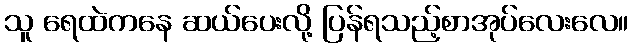
သူ ရေထဲကနေ ဆယ်ပေးလို့ ပြန်ရသည့်စာအုပ်လေးလေ။